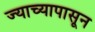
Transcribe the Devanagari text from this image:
ज्याच्यापासून